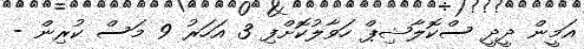
އަމީން ދީދީ ސްކޮލާޝިޕް ހަވާލުކޮށްފި 3 އަހަރު 9 މަސް ކުރިން -